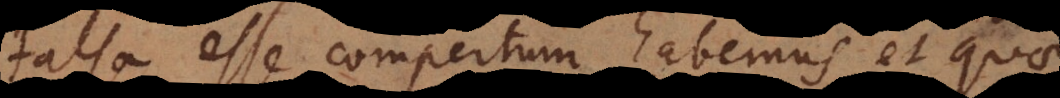
falsa esse compertum habemus et quae